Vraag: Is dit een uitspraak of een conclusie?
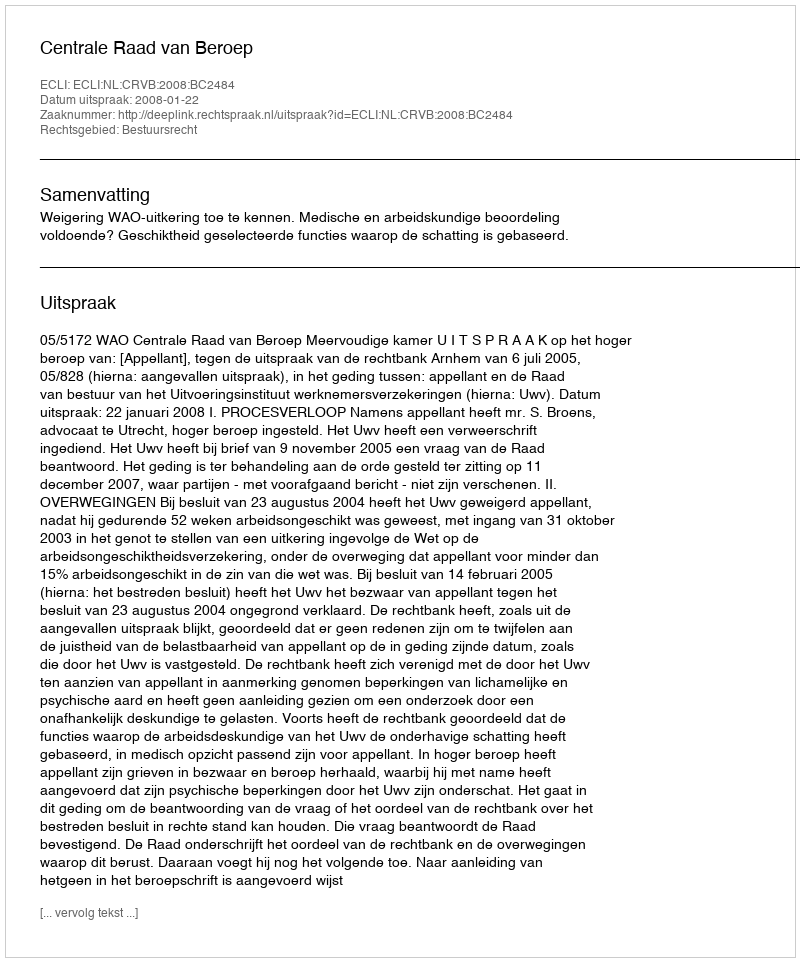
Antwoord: Uitspraak